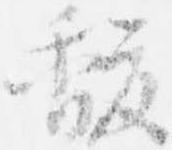
馥